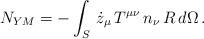
LaTeX: \begin{align*}N_{YM} = - \int_{S} \, \dot{z}_{\mu} \, T^{\mu \nu} \, n_{\nu} \, R \, d\Omega \, .\end{align*}